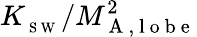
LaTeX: K_{_{\mathrm{~S~W~}}}/M_{\mathrm{~A~,~l~o~b~e~}}^{2}